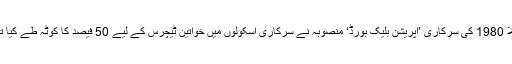
مثلاً 1980 کی سرکاری ’آپریشن بلیک بورڈ‘ منصوبہ نے سرکاری اسکولوں میں خواتین ٹیچرس کے لیے 50 فیصد کا کوٹہ طے کیا تھا۔